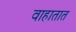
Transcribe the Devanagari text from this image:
वाहातात